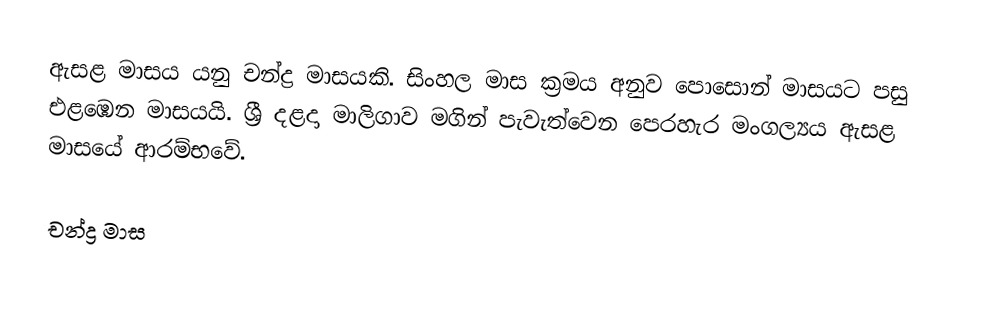
ඇසළ මාසය යනු චන්ද්‍ර මාසයකි.  සිංහල  මාස ක්‍රමය අනුව පොසොන් මාසයට පසු එළඹෙන මාසයයි. ශ්‍රී දළදා මාලිගාව මගින් පැවැත්වෙන පෙරහැර මංගල්‍යය ඇසළ මාස‍යේ ආරම්භවේ.

චන්ද්‍ර මාස